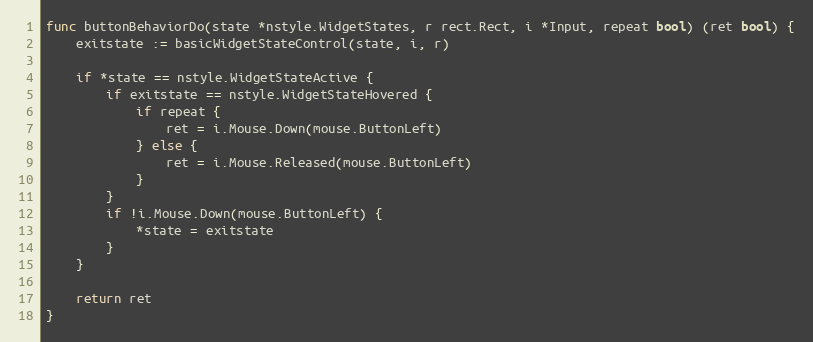
Language: Go
func buttonBehaviorDo(state *nstyle.WidgetStates, r rect.Rect, i *Input, repeat bool) (ret bool) {
	exitstate := basicWidgetStateControl(state, i, r)

	if *state == nstyle.WidgetStateActive {
		if exitstate == nstyle.WidgetStateHovered {
			if repeat {
				ret = i.Mouse.Down(mouse.ButtonLeft)
			} else {
				ret = i.Mouse.Released(mouse.ButtonLeft)
			}
		}
		if !i.Mouse.Down(mouse.ButtonLeft) {
			*state = exitstate
		}
	}

	return ret
}